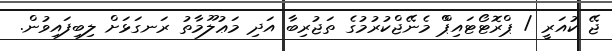
ޖޭ ކުއަރީ / ޕްރޮޓޯޓައިޕްް މެނޭޖްކުރުމުގެ ތަޖުރިބާ އަދި މަޢުލޫމާތު ރަނގަޅަށް ލިބިފައިވުން.